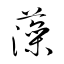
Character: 藻